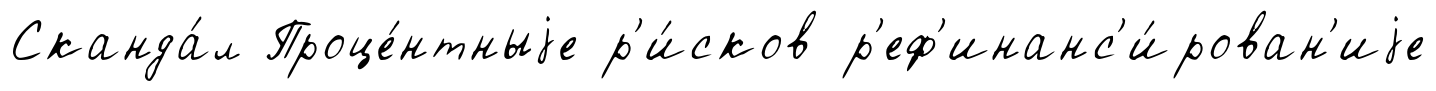
Сканда́л Проце́нтныjе р'и́сков р'еф'инанс'и́рован'иjе